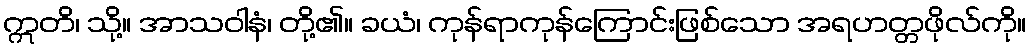
ဣတိ၊ သို့။ အာသဝါနံ၊ တို့၏။ ခယံ၊ ကုန်ရာကုန်ကြောင်းဖြစ်သော အရဟတ္တဖိုလ်ကို။